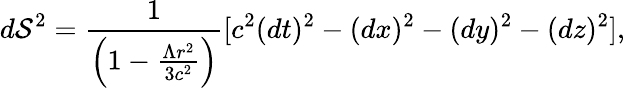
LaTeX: d\mathcal S^{2}=\frac{1}{\left(1-\frac{{\Lambda}r^{2}}{3c^{2}}\right)}[c^{2}(dt)^{2}-(dx)^{2}-(dy)^{2}-(dz)^{2}],